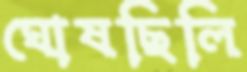
ঘোষছিলি